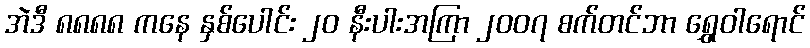
အဲဒီ ၈၈၈၈ ကနေ နှစ်ပေါင်း ၂၀ နီးပါးအကြာ ၂၀၀၇ စက်တင်ဘာ ရွှေဝါရောင်